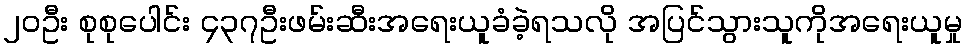
၂၀ဦး စုစုပေါင်း ၄၃၇ဦးဖမ်းဆီးအရေးယူခံခဲ့ရသလို အပြင်သွားသူကိုအရေးယူမှု